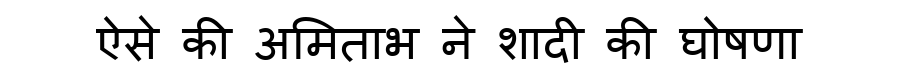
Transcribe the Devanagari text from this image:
ऐसे की अमिताभ ने शादी की घोषणा